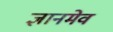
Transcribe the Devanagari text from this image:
ज्ञानमेव